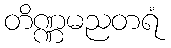
တိဏ္ဏမညတရံ